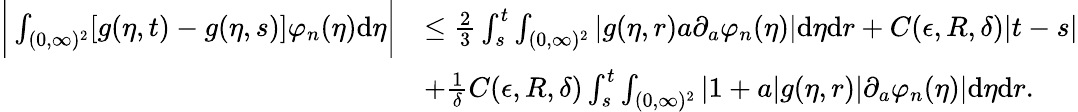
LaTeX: \begin{array}{rl}{\bigg|\int_{(0,\infty)^{2}}[g(\eta,t)-g(\eta,s)]\varphi_{n}(\eta)\textup{d}\eta\bigg|}&{\leq\frac{2}{3}\int_{s}^{t}\int_{(0,\infty)^{2}}|g(\eta,r)a\partial_{a}\varphi_{n}(\eta)|\textup{d}\eta\textup{d}r+C(\epsilon,R,\delta)|t-s|}\\ &{+\frac{1}{\delta}C(\epsilon,R,\delta)\int_{s}^{t}\int_{(0,\infty)^{2}}|1+a|g(\eta,r)|\partial_{a}\varphi_{n}(\eta)|\textup{d}\eta\textup{d}r.}\end{array}